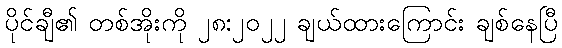
ပိုင်ချီ၏ တစ်အိုးကို ၂၈:၂၀၂၂ ချယ်ထားကြောင်း ချစ်နေပြီ